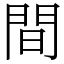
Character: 間